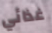
غذائي